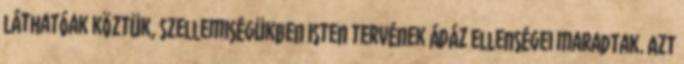
láthatóak köztük, szellemiségükben Isten tervének ádáz ellenségei maradtak. Azt